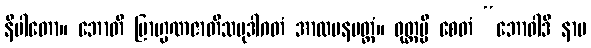
နိပါတော။ ဘောတိ ဗြာဟ္မဏဇာတိသမုဒါဂတံ အာလပနမတ္တံ။ ဝုတ္တမ္ပိ စေတံ “ဘောဝါဒီ နာမ